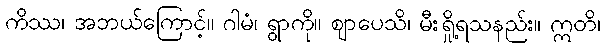
ကိဿ၊ အဘယ်ကြောင့်။ ဂါမံ၊ ရွာကို။ ဈာပေသိ၊ မီးရှို့ရသနည်း။ ဣတိ၊